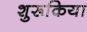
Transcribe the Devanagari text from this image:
शुरूकिया